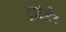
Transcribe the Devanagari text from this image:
ट्राईडेंट